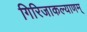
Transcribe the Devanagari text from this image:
गिरिजाकल्याणम्